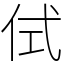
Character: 侙